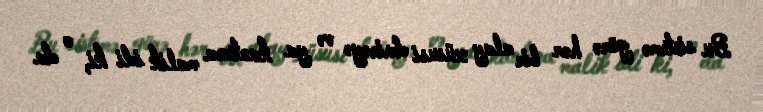
Bu sistemə görə hər bir alay xüsusi dairəyə və ya kantona malik idi ki, o da